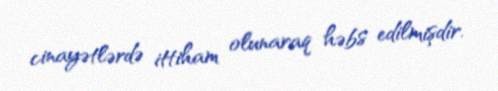
cinayətlərdə ittiham olunaraq həbs edilmişdir.